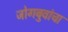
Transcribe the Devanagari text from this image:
जोगबुवांचा